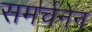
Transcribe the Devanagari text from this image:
समर्चनेन